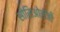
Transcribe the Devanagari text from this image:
सोसिओलॅजी